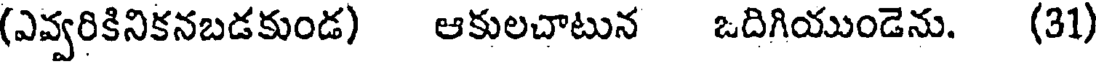
(ఎవ్వరికినికనబడకుండ) ఆకులచాటున ఒదిగియుండెను. (31)